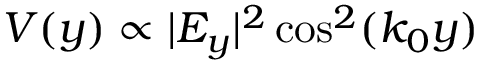
V ( y ) \propto | E _ { y } | ^ { 2 } \cos ^ { 2 } ( k _ { 0 } y )